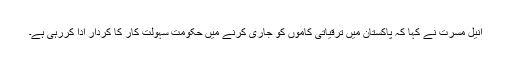
انیل مسرت نے کہا کہ پاکستان میں ترقیاتی کاموں کو جاری کرنے میں حکومت سہولت کار کا کردار ادا کررہی ہے۔